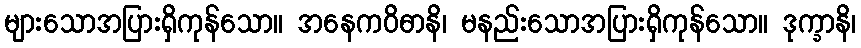
များသောအပြားရှိကုန်သော။ အနေကဝိဓာနိ၊ မနည်းသောအပြားရှိကုန်သော။ ဒုက္ခာနိ၊